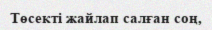
Төсекті жайлап салған соң,